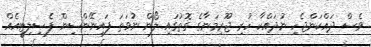
ވެސް ދައްކަންޖެހި ނުދައްކާ ހުރި ޖޫރިމަނާގެ ގޮތުގައި ލޯން ނުވަތަ ފައިނޭންސިން ފެސިލިޓީއެއް